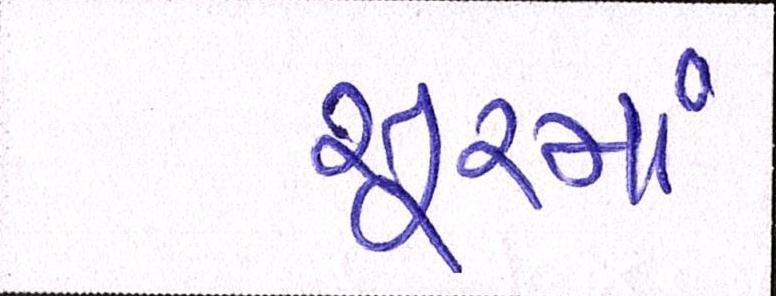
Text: સૂરમાં